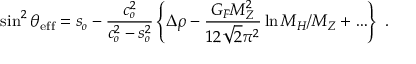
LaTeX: \sin ^ { 2 } \theta _ { \mathrm { e f f } } = s _ { o } - \frac { c _ { o } ^ { 2 } } { c _ { o } ^ { 2 } - s _ { o } ^ { 2 } } \left\{ \Delta \rho - \frac { G _ { F } M _ { Z } ^ { 2 } } { 1 2 \sqrt { 2 } \pi ^ { 2 } } \ln M _ { H } / M _ { Z } + \ldots \right\} ~ .